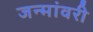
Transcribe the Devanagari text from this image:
जन्मांवरी